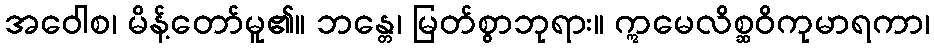
အဝေါစ၊ မိန့်တော်မူ၏။ ဘန္တေ၊ မြတ်စွာဘုရား။ ဣမေလိစ္ဆဝိကုမာရကာ၊